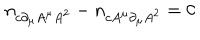
LaTeX: n _ { c \partial _ { \mu } A ^ { \mu } A ^ { 2 } } - n _ { c A ^ { \mu } \partial _ { \mu } A ^ { 2 } } = 0